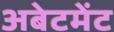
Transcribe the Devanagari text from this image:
अबेटमेंट